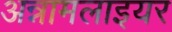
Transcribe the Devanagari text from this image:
अन्नामलाइयर